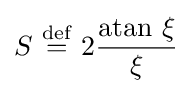
S\ {\stackrel {\mathrm {def} }{=}}\ 2{\frac {\mathrm {atan} \ \xi }{\xi }}